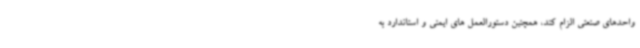
واحدهای صنعتی الزام کند، همچنین دستورالعمل های ایمنی و استاندارد به